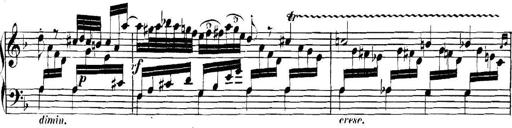
Title: Collected Piano Sonatas
Composer: Muzio Clementi